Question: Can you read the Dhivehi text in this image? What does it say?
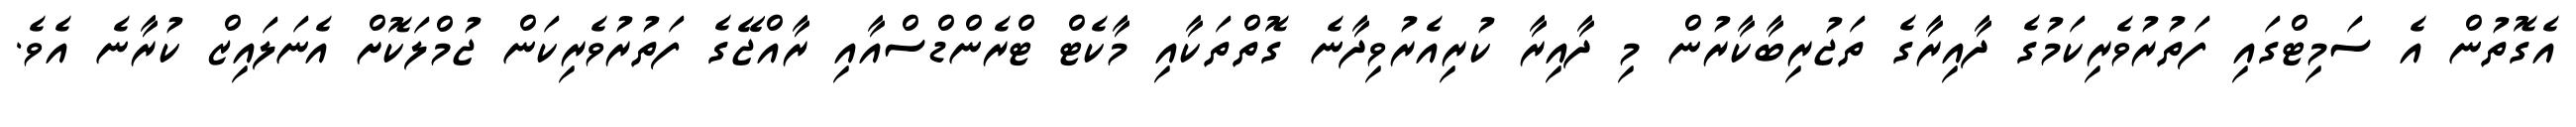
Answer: އެގޮތުން އެ ސަމިޓްގައި ފަތުރުވެރިކަމުގެ ދާއިރާގެ ތަޖުރިބާކާރުން މި ދާއިރާ ކުރިއެރުވިދާނެ ގޮތްތަކާއި މާކެޓް ޓްރެންޑްސްއާއި ރާއްޖޭގެ ފަތުރުވެރިކަން ޖުމްލަކޮށް އެނަލައިޒް ކުރާނެ އެވެ.